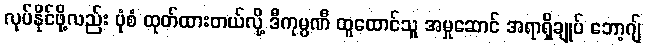
လုပ်နိုင်ဖို့လည်း ပုံစံ ထုတ်ထားတယ်လို့ ဒီကုမ္ပဏီ ထူထောင်သူ အမှုဆောင် အရာရှိချုပ် ဘော့ဂျ်